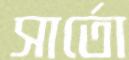
সার্তো